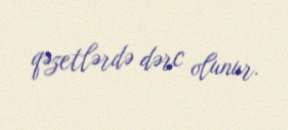
qəzetlərdə dərc olunur.